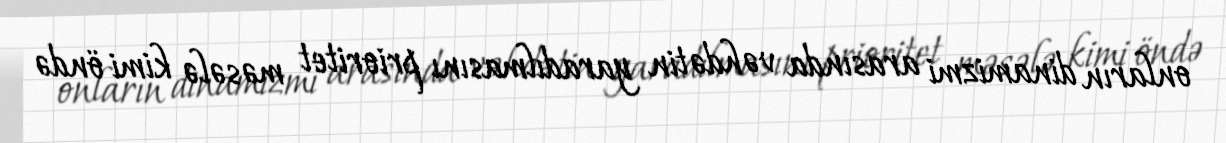
onların dinamizmi arasında vəhdətin yaradılmasını prioritet məsələ kimi öndə